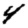
Digit: 4